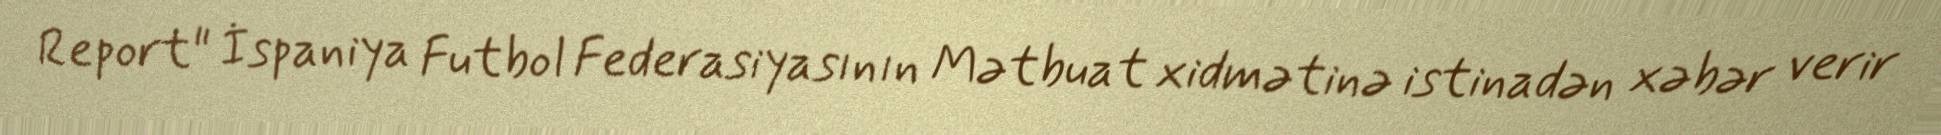
Report" İspaniya Futbol Federasiyasının Mətbuat xidmətinə istinadən xəbər verir